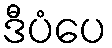
ဒီပံပေ